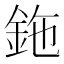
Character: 鉇